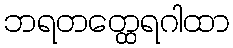
ဘရတတ္ထေရဂါထာ